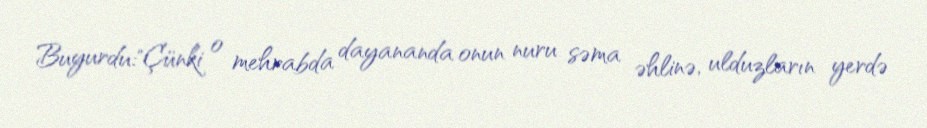
Buyurdu:"Çünki o mehrabda dayananda onun nuru səma əhlinə, ulduzların yerdə